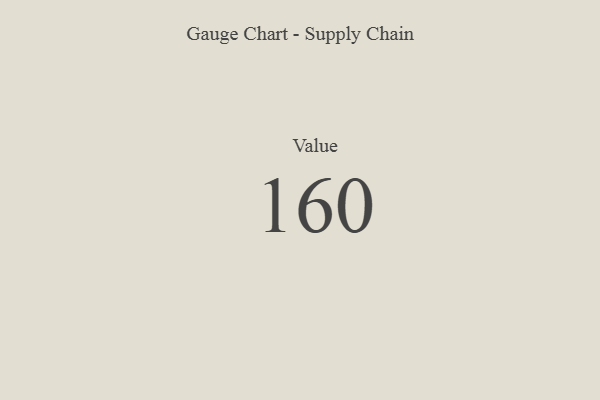
{"axis": {"x": "Metric", "y": "Value"}, "legend": [""], "data": [{"x": "Value", "y": 160, "type": ""}]}